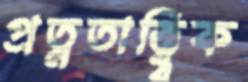
প্রত্নতাত্ত্ব্বিক